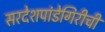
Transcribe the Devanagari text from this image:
सरदेशपांडेगिरीची